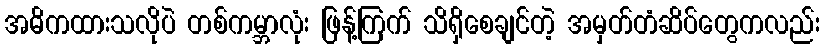
အဓိကထားသလိုပဲ တစ်ကမ္ဘာလုံး ဖြန့်ကြက် သိရှိစေချင်တဲ့ အမှတ်တံဆိပ်တွေကလည်း